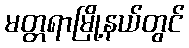
မတ္တရာမြို့နယ်တွင်